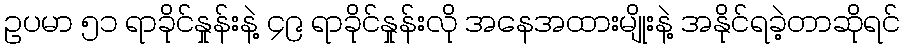
ဥပမာ ၅၁ ရာခိုင်နှုန်းနဲ့ ၄၉ ရာခိုင်နှုန်းလို အနေအထားမျိုးနဲ့ အနိုင်ရခဲ့တာဆိုရင်